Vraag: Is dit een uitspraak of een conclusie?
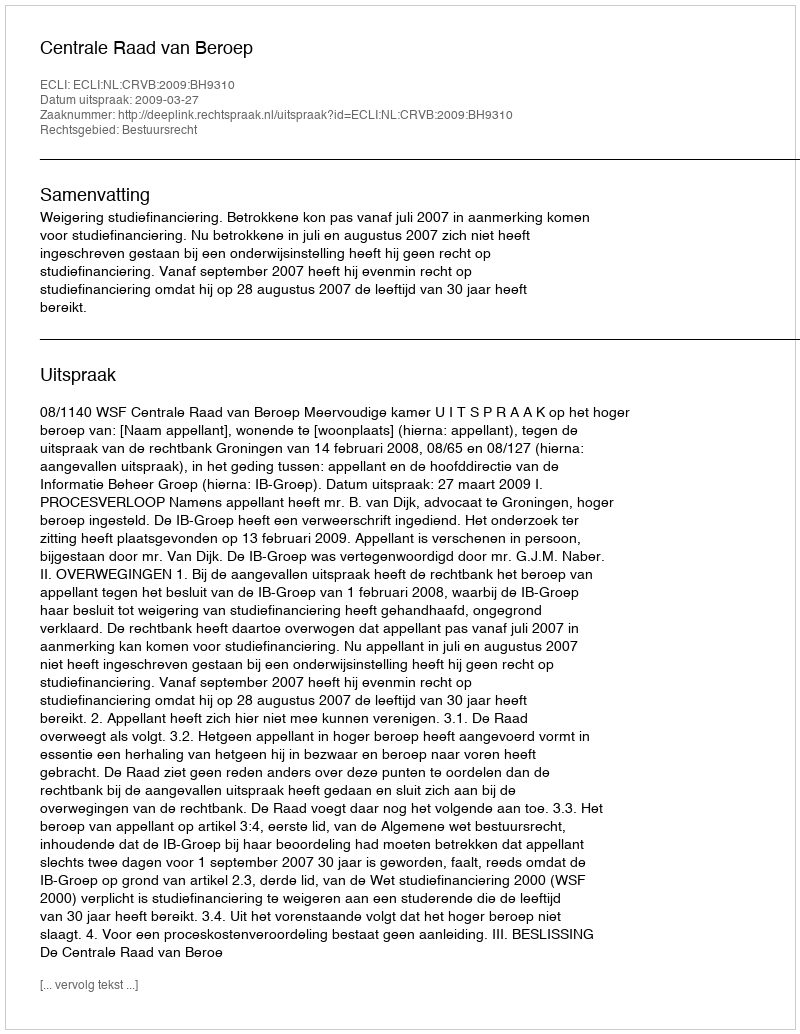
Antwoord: Uitspraak